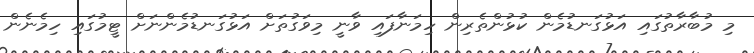
މި މުބާރާތުގައި އަޅުގަނޑުމެން ކުޅުންތެރިން ހިމަނާފައި ވާނީ މިވަގުތަށް އަޅުގަނޑުމެންނަށް ޓީމުގައި ހިމެނެން